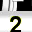
Digit: 2